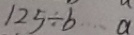
1 2 5 \div b \cdots a